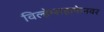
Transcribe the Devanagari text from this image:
विल्हेम्सहाफेनवर